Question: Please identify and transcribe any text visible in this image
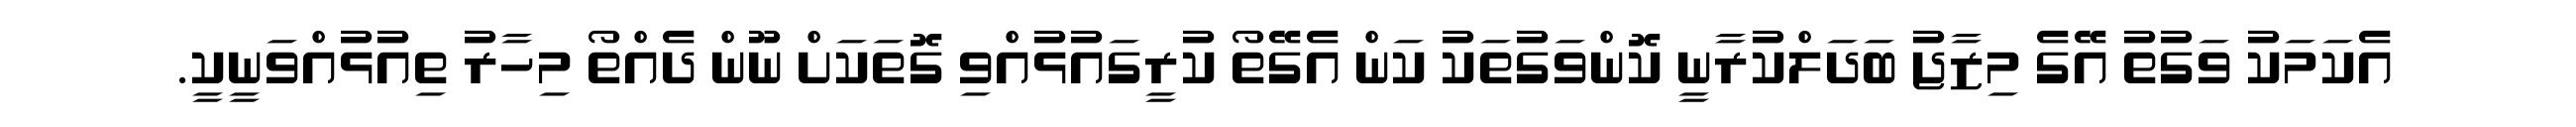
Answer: އެކަމަކު ވަގުތު އޭގެ މިޒާޖު ބަދަލްކުރާނީ ކޮންވަގުތަކު ކަން އެގޭތޯ ކުރީގައުޅުއްވި ގޮތަކަށް ނޫން ދެއްތޯ މިހާރު ތިއުޅުއްވަނީކީ.